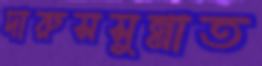
দারুসসুন্নাত